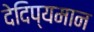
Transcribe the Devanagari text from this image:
देदिप्यमान